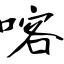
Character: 喀